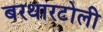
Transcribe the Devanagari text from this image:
बरथारटोली